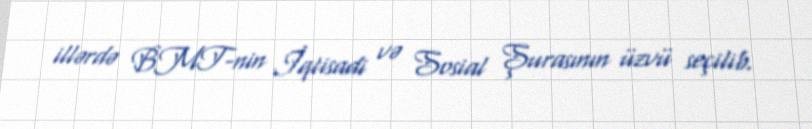
illərdə BMT-nin İqtisadi və Sosial Şurasının üzvü seçilib.